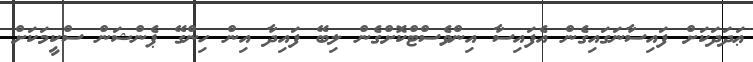
ޢަދަދަކަށް ފައިސާނަގައިގެން އެފައިސާ އިންވެސްޓްކޮށްގެން ލިބޭ ފައިދާ އިން ހިންގޭ ޕެންޝަން ސްކީމަކަށް